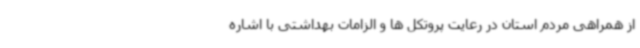
از همراهی مردم استان در رعایت پروتکل ها و الزامات بهداشتی با اشاره